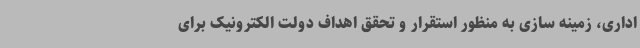
اداری، زمینه سازی به منظور استقرار و تحقق اهداف دولت الکترونیک برای